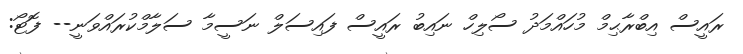
ރައީސް އިބްރާޙިމް މުހައްމަދު ސޯލިހް ނައިބު ރައީސް ފައިސަލް ނަސީމާ ސަލާމްކުރައްވަނީ-- ފޮޓޯ: